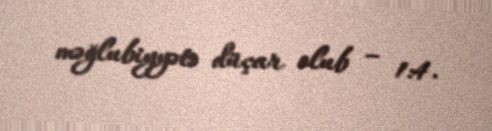
məğlubiyyətə düçar olub – 1:4.